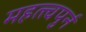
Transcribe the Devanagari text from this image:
महत्त्वपुर्न